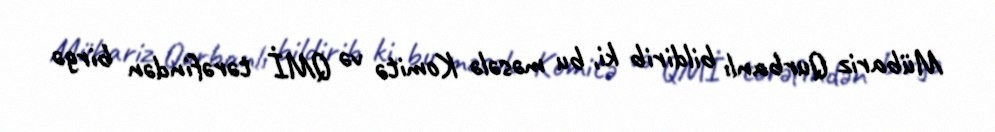
Mübariz Qurbanlı bildirib ki, bu məsələ Komitə və QMİ tərəfindən birgə